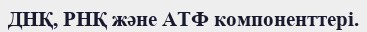
ДНҚ, РНҚ және АТФ компоненттері.